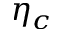
\eta _ { c }